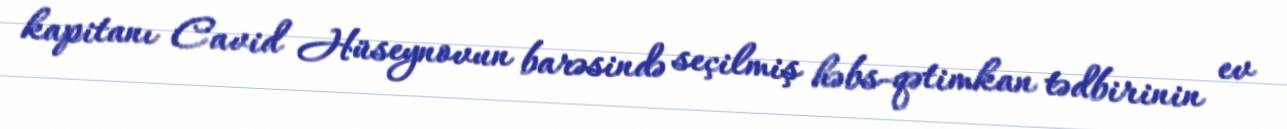
kapitanı Cavid Hüseynovun barəsində seçilmiş həbs-qətimkan tədbirinin ev